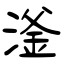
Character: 滏